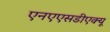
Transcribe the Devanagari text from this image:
एनएएसडीएक्यू